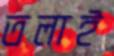
তলাই